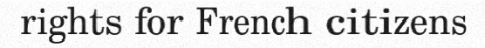
rights for French citizens